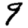
Digit: 9